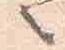
之